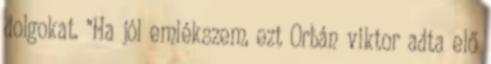
dolgokat. "Ha jól emlékszem, ezt Orbán viktor adta elő